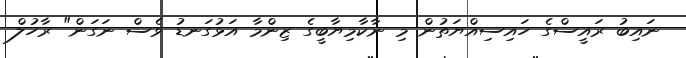
ނައިބު ރައީސްގެ ހައިސިއްޔަތުން މި ނާކާމިޔާބީގެ ޒިންމާ އަޅުގަނޑު ވެސް ނަގަން" ރާހުލް